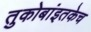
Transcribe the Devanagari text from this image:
तुकोबांइतकेच